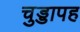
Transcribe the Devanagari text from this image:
चुड्डापह